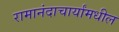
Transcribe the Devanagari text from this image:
रामानंदाचार्यांमधील